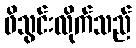
ဖိသွင်းလိုက်သည်